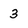
Character: 3